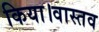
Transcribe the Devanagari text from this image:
किया।वास्तव